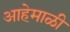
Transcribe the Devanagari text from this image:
आहेमाळी